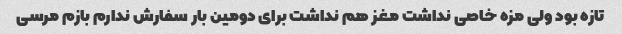
تازه بود ولی مزه خاصی نداشت مغز هم نداشت برای دومین بار سفارش ندارم بازم مرسی